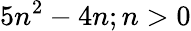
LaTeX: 5n^{2}-4n;n>0